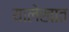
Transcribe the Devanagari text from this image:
यालेखात